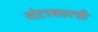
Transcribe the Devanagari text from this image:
मोटरकारची